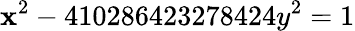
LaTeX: \mathbf{x}^{2}-410286423278424y^{2}=1